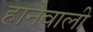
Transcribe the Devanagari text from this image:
हानेवाली